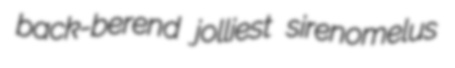
back-berend jolliest sirenomelus